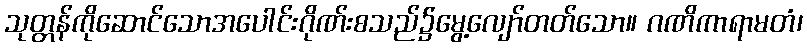
သုတ္တန်ကိုဆောင်သောအပေါင်းဂိုဏ်းစသည်၌မွေ့လျော်တတ်သော။ ဂဏိကာရာမတံ၊